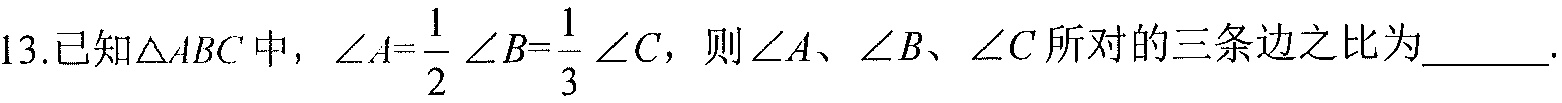
13.已知\(\triangle ABC\)中，\(\angle A = \dfrac{1}{2}\angle B=\dfrac{1}{3}\angle C\)，则\(\angle A\)、\(\angle B\)、\(\angle C\)所对的三条边之比为  ．